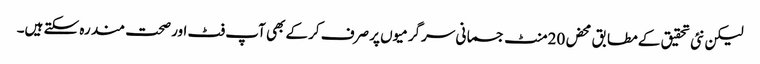
لیکن نئی تحقیق کے مطابق محض 20منٹ جسمانی سرگرمیوں پر صرف کرکے بھی آپ فٹ اور صحت مند رہ سکتے ہیں۔